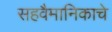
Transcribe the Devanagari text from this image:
सहवैमानिकाचे